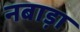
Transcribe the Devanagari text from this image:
नबाड़ा